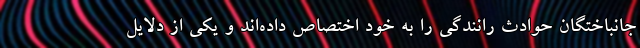
جانباختگان حوادث رانندگی را به خود اختصاص داده‌اند و یکی از دلایل